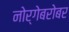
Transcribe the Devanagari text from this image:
नोर्गेबरोबर